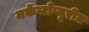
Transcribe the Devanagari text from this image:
मर्केप्टोप्यूरीन